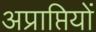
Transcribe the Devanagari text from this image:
अप्राप्तियों